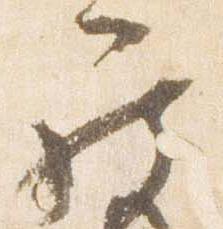
罷